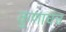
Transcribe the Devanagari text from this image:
कुणाचंच